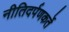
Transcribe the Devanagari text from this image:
नीतिदर्पणकर्ते